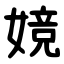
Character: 㜔